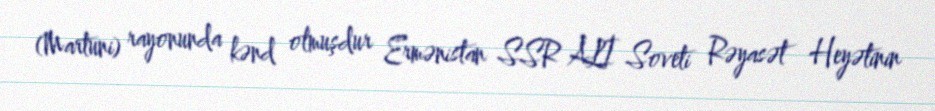
(Martuni) rayonunda kənd olmuşdur Ermənistan SSR ALİ Soveti Rəyasət Heyətinin